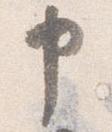
申